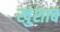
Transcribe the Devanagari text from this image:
खुशाब